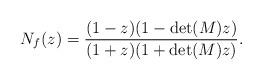
LaTeX: \begin{align*} N_f(z)=\dfrac{(1-z)(1-\det(M)z)}{(1+z)(1+\det(M)z)} . \end{align*}